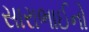
સારાભાઈનો